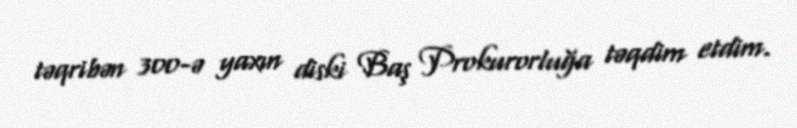
təqribən 300-ə yaxın diski Baş Prokurorluğa təqdim etdim.